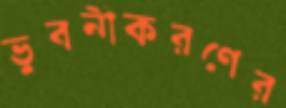
ভুবনীকরণের